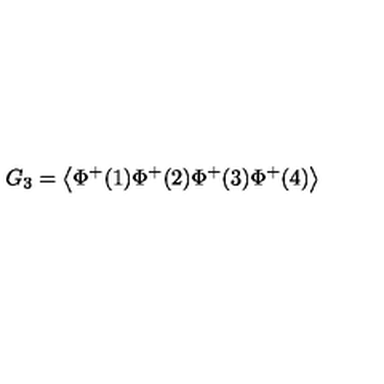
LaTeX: G _ { 3 } = \left\langle \Phi ^ { + } ( 1 ) \Phi ^ { + } ( 2 ) \Phi ^ { + } ( 3 ) \Phi ^ { + } ( 4 ) \right\rangle